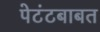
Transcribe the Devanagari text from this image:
पेटंटबाबत